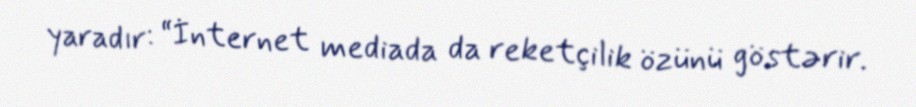
yaradır: “İnternet mediada da reketçilik özünü göstərir.